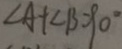
\angle A + \angle B = 9 0 ^ { \circ }